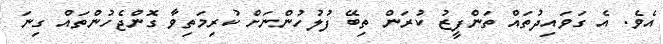
އެވެ. އެ ގަވައިދުތައް ތަންފީޒު ކުރަން ތިބޭ ފުލުހުންނަށް ކުރިމަތިވާ ގޮންޖެހުންތައް ގިނަ